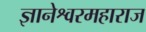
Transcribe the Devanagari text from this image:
ज्ञानेश्वरमहाराज